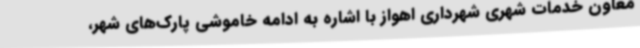
معاون خدمات شهری شهرداری اهواز با اشاره به ادامه خاموشی پارک‌های شهر،